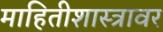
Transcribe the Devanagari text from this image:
माहितीशास्त्रावर